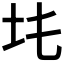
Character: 𡉒